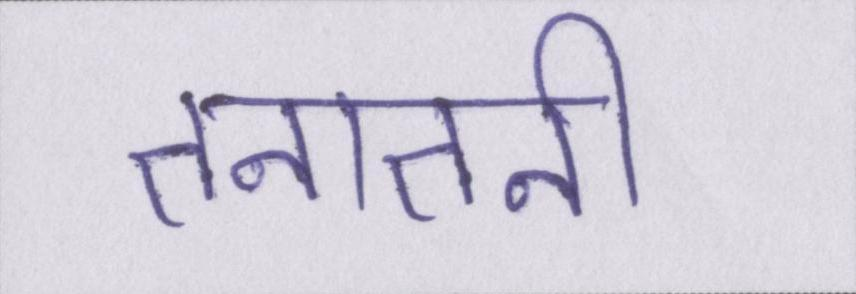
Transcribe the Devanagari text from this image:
तनातनी